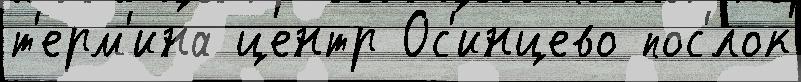
т'ерм'ина центр Ос'инцево пос'́лок